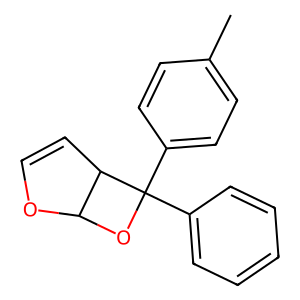
SMILES: Cc1ccc(C2(c3ccccc3)OC3OC=CC32)cc1
Inhibits HIV replication: No